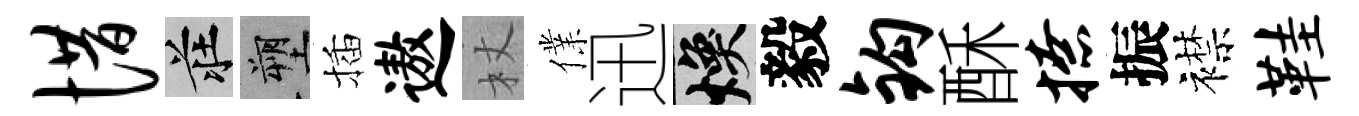
惜莊塑插遨杖㒒迅焕毅钩酥撩振襟鞋